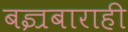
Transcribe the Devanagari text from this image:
बज्रबाराही